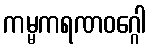
ကမ္မကရဏဝဂ္ဂေါ